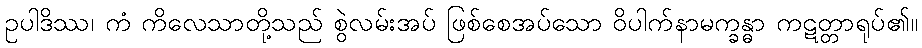
ဥပါဒိဿ၊ ကံ ကိလေသာတို့သည် စွဲလမ်းအပ် ဖြစ်စေအပ်သော ဝိပါက်နာမက္ခန္ဓာ ကဋတ္တာရုပ်၏။